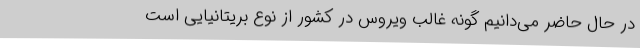
در حال حاضر می‌دانیم گونه غالب ویروس در کشور از نوع بریتانیایی است